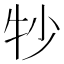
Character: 𬌜